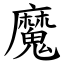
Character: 魔